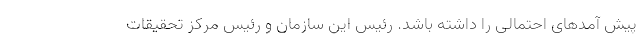
پیش آمدهای احتمالی را داشته باشد. رئیس این سازمان و رئیس مرکز تحقیقات